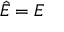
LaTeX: { \hat { E } } = E \,